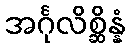
အင်္ဂုလိစ္ဆိန္နံ